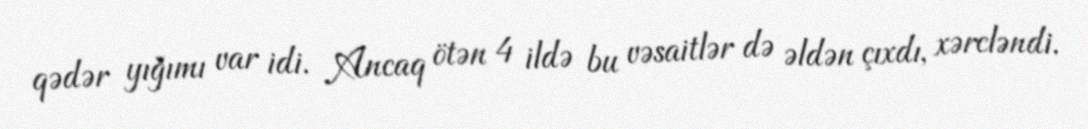
qədər yığımı var idi. Ancaq ötən 4 ildə bu vəsaitlər də əldən çıxdı, xərcləndi.